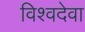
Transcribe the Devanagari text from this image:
विश्वदेवा